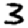
Digit: 3